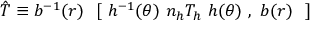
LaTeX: \hat { T } \equiv b ^ { - 1 } ( r ) \ { \mathrm { \bf ~ [ } \ h ^ { - 1 } ( \theta ) \ n _ { h } T _ { h } \ h ( \theta ) \ , \ b ( r ) \ \mathrm { \bf ~ ] } }